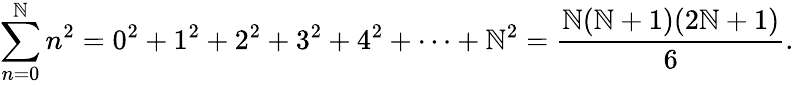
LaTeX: \sum_{n=0}^{\mathbb{N}}n^{2}=0^{2}+1^{2}+2^{2}+3^{2}+4^{2}+\cdots+\mathbb{N}^{2}={\frac{{\mathbb{N}(\mathbb{N}+1)(2\mathbb{N}+1)}}{{6}}}.